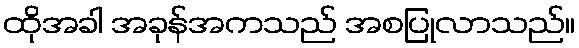
ထိုအခါ အခုန်အကသည် အစပြုလာသည်။